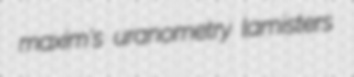
maxim's uranometry lamisters